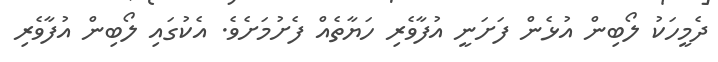
ދެމީހަކު ލޯބިން އުޅެން ފަށަނީ އުފާވެރި ހަޔާތެއް ފެށުމަށެވެ. އެކުގައި ލޯބިން އުފާވެރި